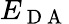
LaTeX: E_{\mathrm{~D~A~}}